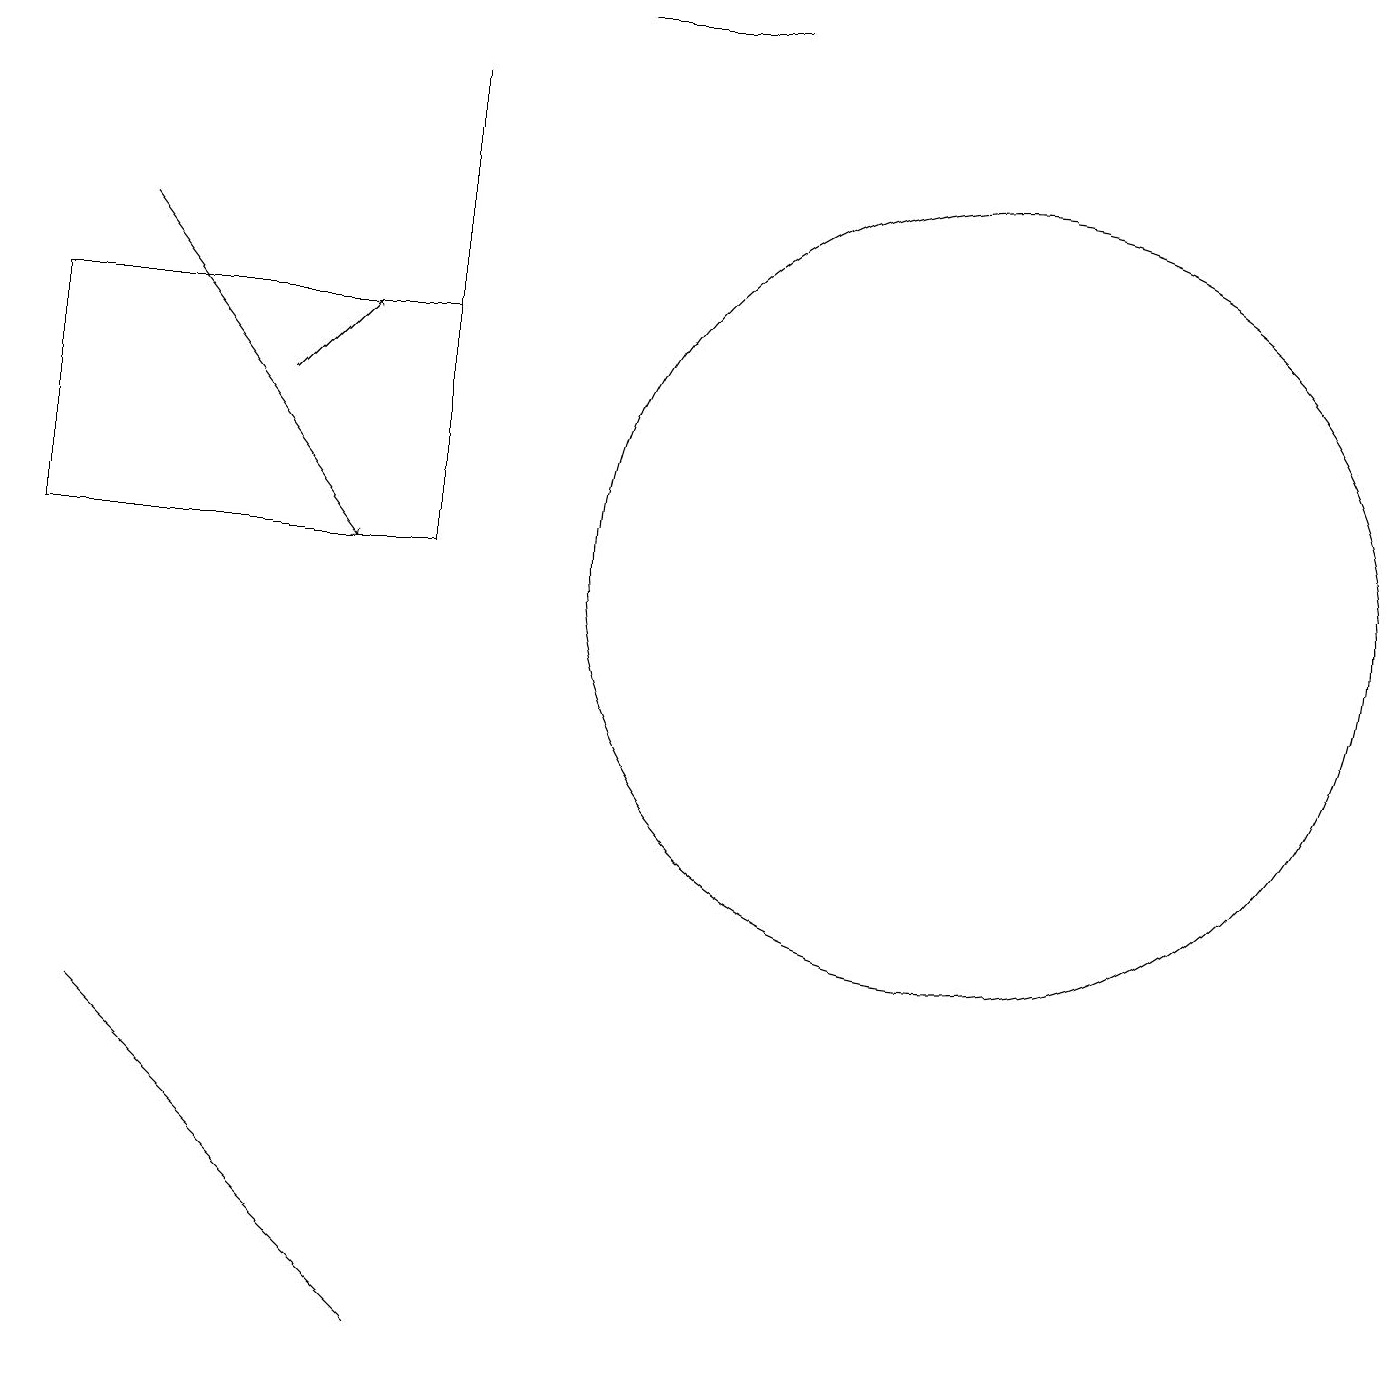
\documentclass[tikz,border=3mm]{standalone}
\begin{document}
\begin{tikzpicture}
\draw (7,18) rectangle (9,18);
\draw (5,14) rectangle (5,17);
\draw (12,11) circle (5);
\draw (0,11) rectangle (5,14);
\draw (4,2) -- (5,1) -- (1,5) -- cycle;
\draw[->] (3,13) -- (4,14);
\draw[->] (1,15) -- (4,11);
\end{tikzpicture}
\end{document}